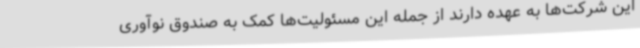
این شرکت‌ها به عهده دارند از جمله این مسئولیت‌ها کمک به صندوق نوآوری